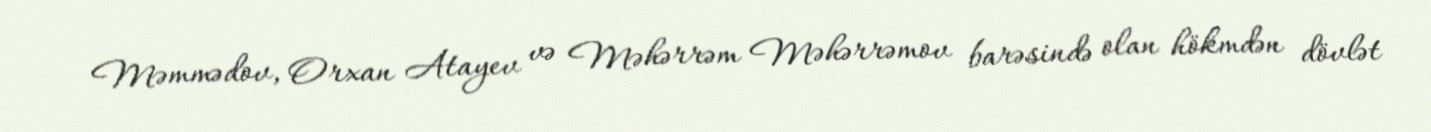
Məmmədov, Orxan Atayev və Məhərrəm Məhərrəmov barəsində olan hökmdən dövlət